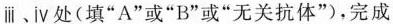
iii﹑iv处(填”A”或”B”或”无关抗体”)，完成